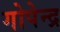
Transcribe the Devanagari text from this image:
गोपेन्द्र